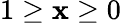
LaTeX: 1\geq\mathbf{x}\geq0